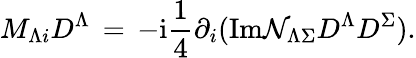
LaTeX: M_{\Lambda i}D^{\Lambda}\, =\, -\mathrm{{i}}\frac{1}{4}\partial_{i}(\mathrm{{Im}}{\mathcal{N}}_{\Lambda\Sigma}D^{\Lambda}D^{\Sigma}).